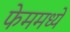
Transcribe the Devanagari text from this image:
फेममध्ये